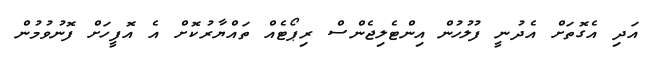
އަދި އެގޮތަށް އެދުނީ ފުލުހުން އިންޓެލިޖެންސް ރިޕޯޓެއް ތައްޔާރުކޮށް އެ އޮފީހަށް ފޮނުވުމުން